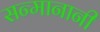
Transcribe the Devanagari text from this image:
सन्मानानी